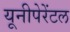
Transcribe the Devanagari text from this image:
यूनीपेरेंटल